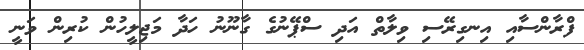
ފްރާންސާއި އިނގިރޭސި ވިލާތް އަދި ސްޕޭނުގެ ގާނޫނު ހަދާ މަޖިލީހުން ކުރިން ވަނީ